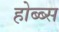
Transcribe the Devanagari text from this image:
होब्ब्स